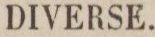
DIVERSE.